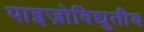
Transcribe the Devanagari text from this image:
पाइज़ोविद्युतीय